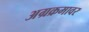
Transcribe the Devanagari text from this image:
अग्रक्रमावर